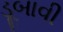
ડૂબાવી